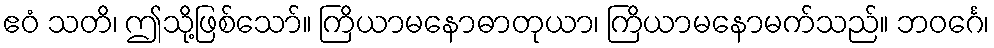
ဧဝံ သတိ၊ ဤသို့ဖြစ်သော်။ ကြိယာမနောဓာတုယာ၊ ကြိယာမနောမက်သည်။ ဘဝင်္ဂေ၊